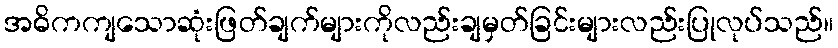
အဓိကကျသောဆုံးဖြတ်ချက်များကိုလည်းချမှတ်ခြင်းများလည်းပြုလုပ်သည်။